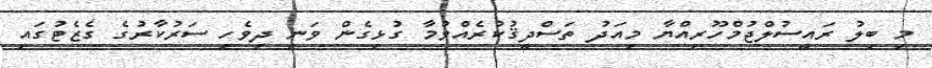
މި ބިލު ރައީސުލްޖުމްހޫރިއްޔާ މިއަދު ތަސްދީޤުކުރެއްވުމާ ގުޅިގެން ވަނީ ދިވެހި ސަރުކާރުގެ ގެޒެޓުގައި